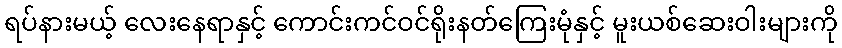
ရပ်နားမယ့် လေးနေရာနှင့် ကောင်းကင်ဝင်ရိုးနတ်ကြေးမုံနှင့် မူးယစ်ဆေးဝါးများကို